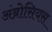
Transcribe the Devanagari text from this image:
अंब्रोसियस